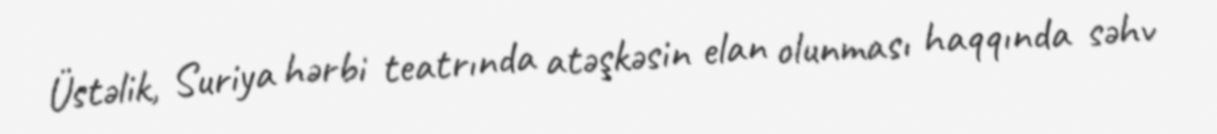
Üstəlik, Suriya hərbi teatrında atəşkəsin elan olunması haqqında səhv